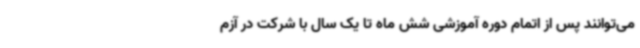
می‌توانند پس از اتمام دوره آموزشی شش ماه تا یک سال با شرکت در آزم